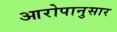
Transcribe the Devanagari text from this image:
आरोपानुसार